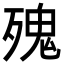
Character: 㱱